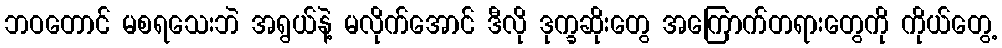
ဘဝတောင် မစရသေးဘဲ အရွယ်နဲ့ မလိုက်အောင် ဒီလို ဒုက္ခဆိုးတွေ အကြောက်တရားတွေကို ကိုယ်တွေ့